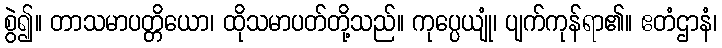
စွဲ၍။ တာသမာပတ္တိယော၊ ထိုသမာပတ်တို့သည်။ ကုပ္ပေယျုံ၊ ပျက်ကုန်ရာ၏။ ဧတံဌာနံ၊